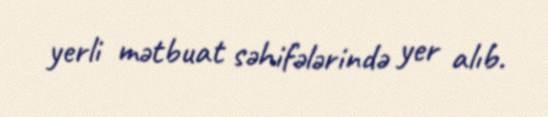
yerli mətbuat səhifələrində yer alıb.